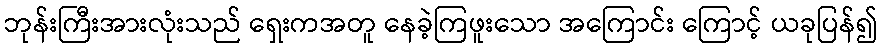
ဘုန်းကြီးအားလုံးသည် ရှေးကအတူ နေခဲ့ကြဖူးသော အကြောင်း ကြောင့် ယခုပြန်၍